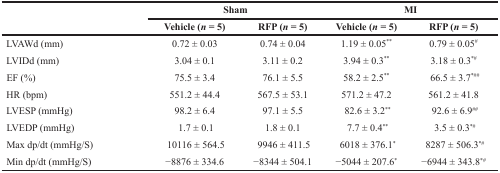
|  | <COLSPAN=2> Sham | <COLSPAN=2> MI |
 |  | Vehicle (n = 5) | RFP (n = 5) | Vehicle (n = 5) | RFP (n = 5) |
 | --- | --- | --- | --- | --- |
 | LVAWd (mm) | 0.72 ± 0.03 | 0.74 ± 0.04 | 1.19 ± 0.05** | 0.79 ± 0.05# |
 | LVIDd (mm) | 3.04 ± 0.1 | 3.11 ± 0.2 | 3.94 ± 0.3** | 3.18 ± 0.3*# |
 | EF (%) | 75.5 ± 3.4 | 76.1 ± 5.5 | 58.2 ± 2.5** | 66.5 ± 3.7*## |
 | HR (bpm) | 551.2 ± 44.4 | 567.5 ± 53.1 | 571.2 ± 47.2 | 561.2 ± 41.8 |
 | LVESP (mmHg) | 98.2 ± 6.4 | 97.1 ± 5.5 | 82.6 ± 3.2** | 92.6 ± 6.9## |
 | LVEDP (mmHg) | 1.7 ± 0.1 | 1.8 ± 0.1 | 7.7 ± 0.4** | 3.5 ± 0.3*# |
 | Max dp/dt (mmHg/S) | 10116 ± 564.5 | 9946 ± 411.5 | 6018 ± 376.1* | 8287 ± 506.3*# |
 | Min dp/dt (mmHg/S) | −8876 ± 334.6 | −8344 ± 504.1 | −5044 ± 207.6* | −6944 ± 343.8*# |